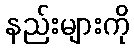
နည်းများကို